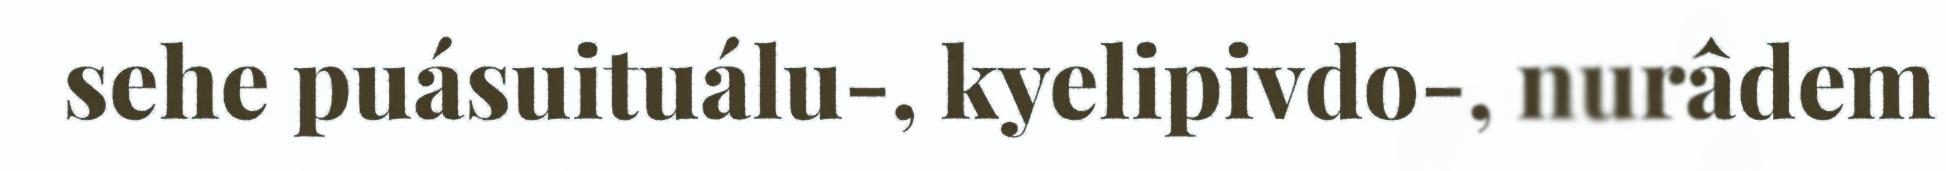
sehe puásuituálu-, kyelipivdo-, nurâdem